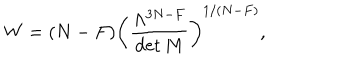
LaTeX: W = ( N - F ) \left( { \frac { \Lambda ^ { 3 N - F } } { \det M } } \right) ^ { 1 / ( N - F ) } ,